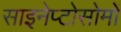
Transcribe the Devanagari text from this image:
साइनेप्टोसोमों